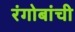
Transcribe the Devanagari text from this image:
रंगोबांची